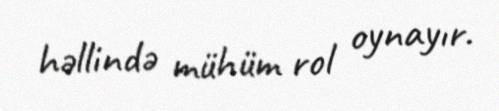
həllində mühüm rol oynayır.